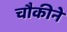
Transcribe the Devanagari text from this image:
चौकीने